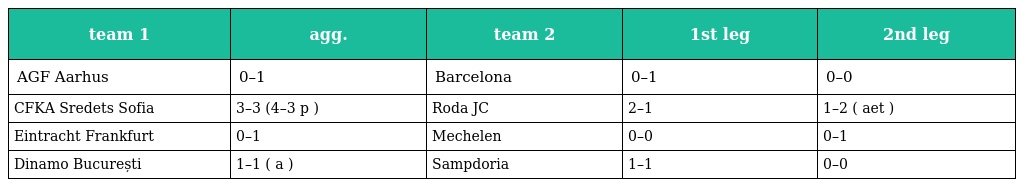
| team 1 | agg. | team 2 | 1st leg | 2nd leg |
 | --- | --- | --- | --- | --- |
 | AGF Aarhus | 0–1 | Barcelona | 0–1 | 0–0 |
 | CFKA Sredets Sofia | 3–3 (4–3 p ) | Roda JC | 2–1 | 1–2 ( aet ) |
 | Eintracht Frankfurt | 0–1 | Mechelen | 0–0 | 0–1 |
 | Dinamo București | 1–1 ( a ) | Sampdoria | 1–1 | 0–0 |